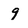
Character: 9